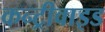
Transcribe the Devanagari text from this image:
कन्ट्रीवाइड